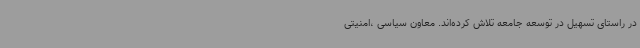
در راستای تسهیل در توسعه جامعه تلاش کرده‌اند. معاون سیاسی ،امنیتی